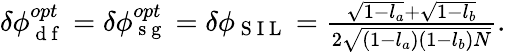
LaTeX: \begin{array}{r}{\delta\phi_{\mathrm{~d~f~}}^{opt}=\delta\phi_{\mathrm{~s~g~}}^{opt}=\delta\phi_{\mathrm{~S~I~L~}}=\frac{\sqrt{1-l_{a}}+\sqrt{1-l_{b}}}{2\sqrt{(1-l_{a})(1-l_{b})N}}.}\end{array}